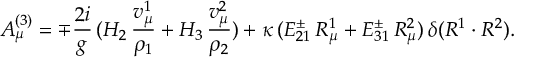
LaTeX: A _ { \mu } ^ { ( 3 ) } = \mp { \frac { 2 i } { g } } \, ( H _ { 2 } \, { \frac { v _ { \mu } ^ { 1 } } { \rho _ { 1 } } } + H _ { 3 } \, { \frac { v _ { \mu } ^ { 2 } } { \rho _ { 2 } } } ) + \kappa \, ( E _ { 2 1 } ^ { \pm } \, R _ { \mu } ^ { 1 } + E _ { 3 1 } ^ { \pm } \, R _ { \mu } ^ { 2 } ) \, \delta ( R ^ { 1 } \cdot R ^ { 2 } ) .